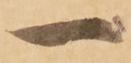
一